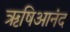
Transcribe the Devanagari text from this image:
ऋषिआनंद